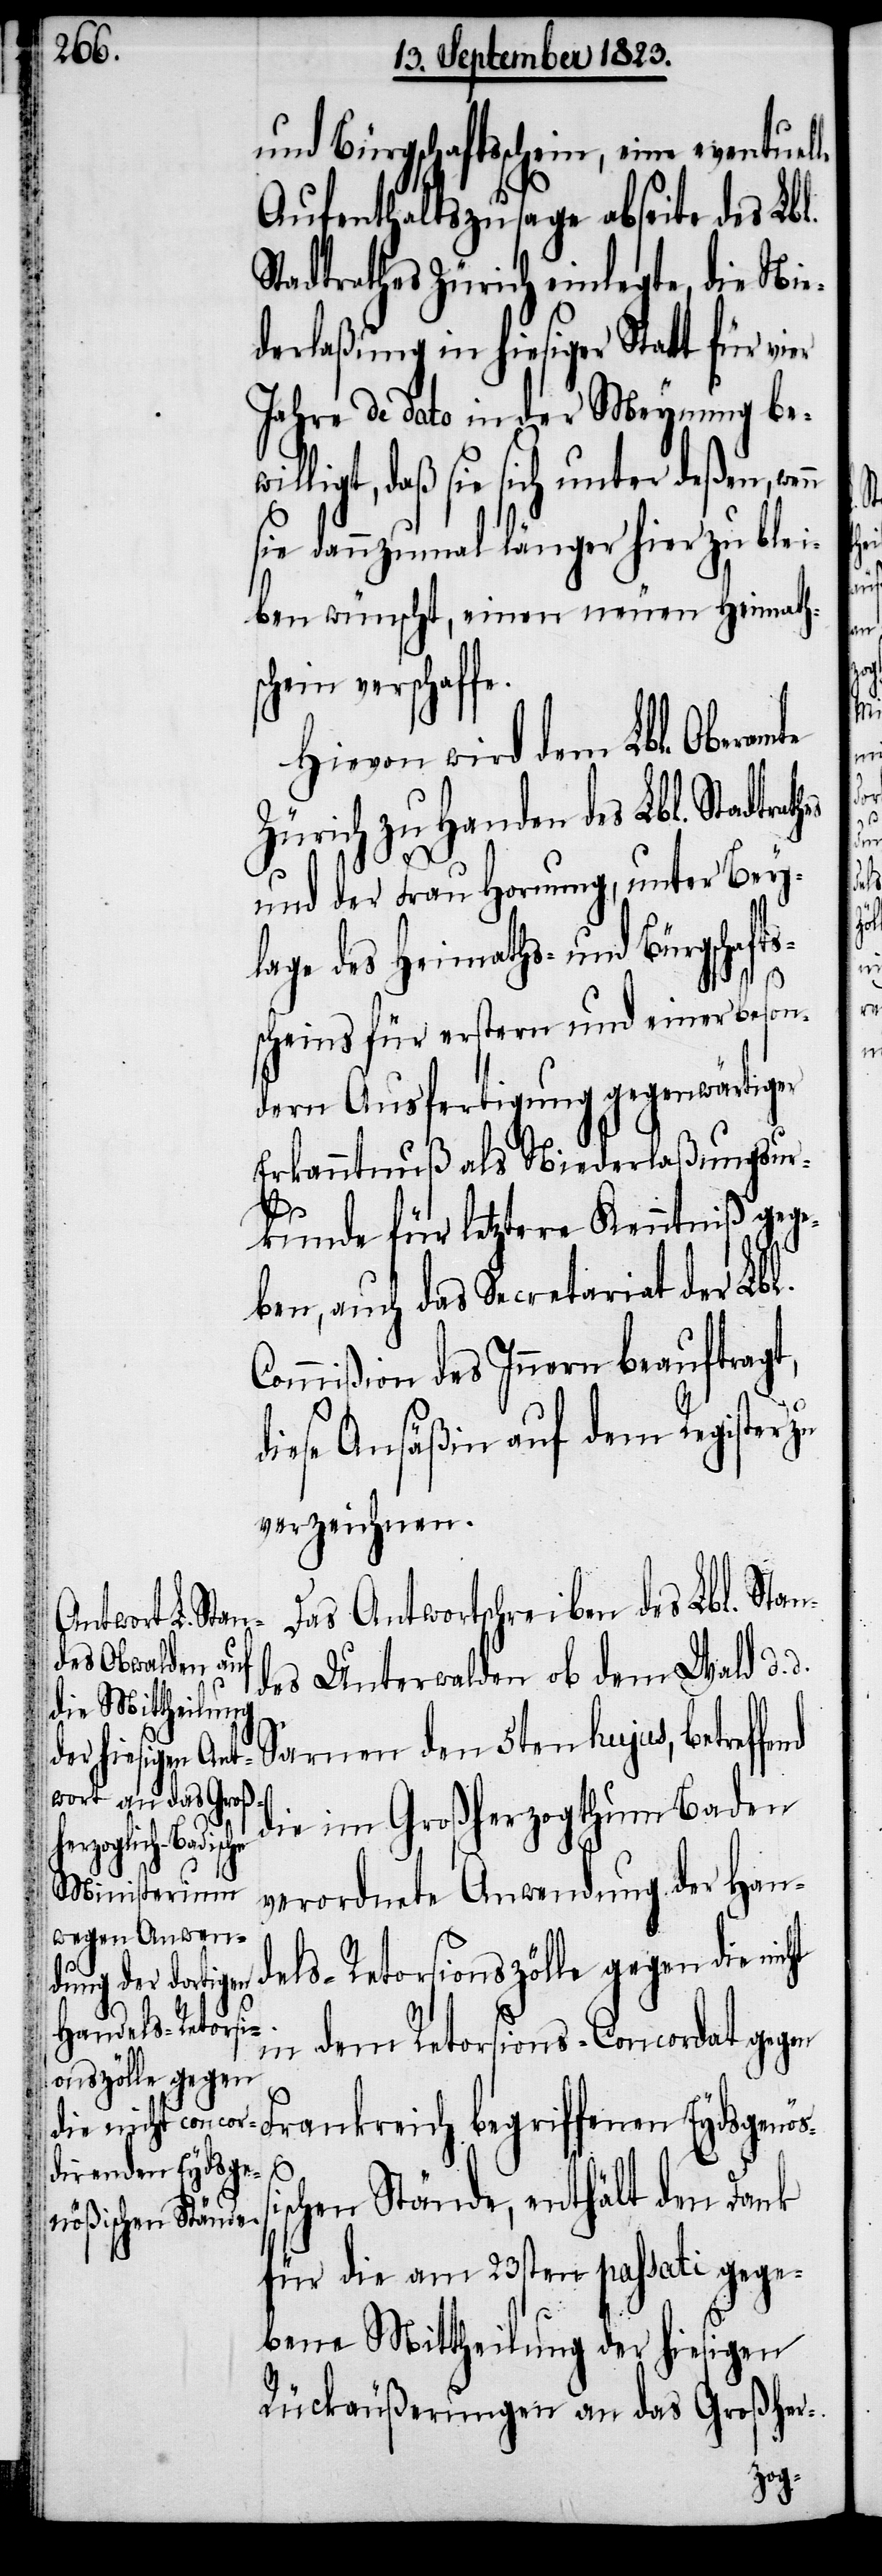
und Bürgschaftsschein, eine eventuel¬
Aufenthaltszusage abseite des Lbl.
Stadtrathes Zürich einlegte, die Nie¬
derlaßung in hiesiger Stadt für vier
Jahre de dato in der Meynung be¬
lligt, daß sie sich unter deßen,
sie dannzumal länger hier zu blei¬
ben wünscht, einen neuen Heimaths¬
chein verschaffe.
Hievon wird dem Lbl. Oberamte
Zürich zu Handen des Lbl. Stadtra¬
und der Frau Hornung, unter Bey¬
lage des Heimaths- und Bürgschafts¬
ht
scheins für erstern und einer beson¬
dern Ausfertigung gegenwärtiger
Erkanntnuß als Niederlaßungsur¬
kunde für letztere Kenntniß gege¬
ben, auch das Secretariat der Lbl.
Commißion des Innern beauftragt,
diese Ansäßin auf dem Register zu
verzeichnen.
Das Antwortschreiben des Lbl. Stan¬
des Unterwalden ob dem Wald d.
Sarnen den 5ten hujus, betreffe¬
die im Großherzogthum Baden
verordnete Anwendung der Han¬
dels-Retorsionszölle gegen die nic¬
in dem Retorsions-Concordat gegen
Frankreich begriffenen Eydsgenö¬
ßi¬
schen Stände, enthält den Dank
für die am 23sten passati gege¬
bene Mittheilung der hiesigen
Rückäußerungen an das Großher-
wi¬
nd